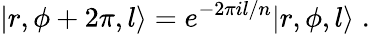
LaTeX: |r,\phi+2\pi,l\rangle=e^{-2\pi il/n}|r,\phi,l\rangle\; .